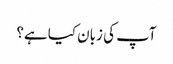
آپ کی زبان کیا ہے؟